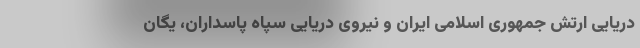
دریایی ارتش جمهوری اسلامی ایران و نیروی دریایی سپاه پاسداران، یگان